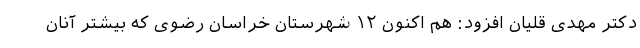
دکتر مهدی قلیان افزود: هم اکنون ۱۲ شهرستان خراسان رضوی که بیشتر آنان